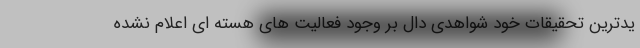
یدترین تحقیقات خود شواهدی دال بر وجود فعالیت های هسته ای اعلام نشده